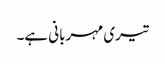
تیری مہربانی ہے۔